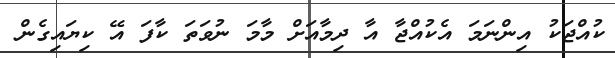
ކުއްޖަކު އިންނަމަ އެކުއްޖާ އާ ދިމާއަށް މާމަ ނުވަތަ ކާފަ އޭ ކިޔައިގެން